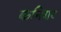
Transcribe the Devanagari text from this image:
कनिगर